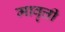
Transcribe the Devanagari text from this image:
मावृत्ती